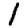
Digit: 1